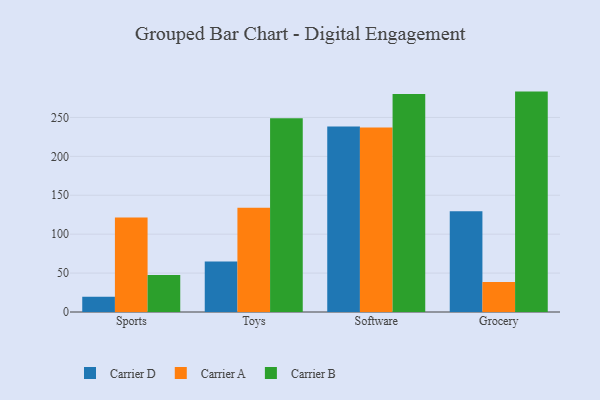
{"axis": {"x": "Category", "y": "Population (Million)"}, "legend": ["Carrier A", "Carrier B", "Carrier D"], "data": [{"x": "Sports", "y": 19.6, "type": "Carrier D"}, {"x": "Sports", "y": 121.3, "type": "Carrier A"}, {"x": "Sports", "y": 47.4, "type": "Carrier B"}, {"x": "Toys", "y": 64.8, "type": "Carrier D"}, {"x": "Toys", "y": 134.0, "type": "Carrier A"}, {"x": "Toys", "y": 248.9, "type": "Carrier B"}, {"x": "Software", "y": 238.3, "type": "Carrier D"}, {"x": "Software", "y": 237.2, "type": "Carrier A"}, {"x": "Software", "y": 280.1, "type": "Carrier B"}, {"x": "Grocery", "y": 129.6, "type": "Carrier D"}, {"x": "Grocery", "y": 38.4, "type": "Carrier A"}, {"x": "Grocery", "y": 283.2, "type": "Carrier B"}]}